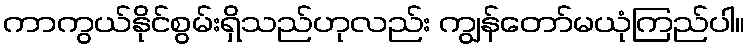
ကာကွယ်နိုင်စွမ်းရှိသည်ဟုလည်း ကျွန်တော်မယုံကြည်ပါ။